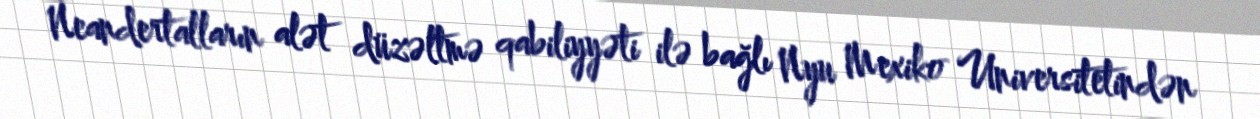
Neandertalların alət düzəltmə qabiliyyəti ilə bağlı Nyu Mexiko Universitetindən